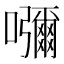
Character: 𡄣